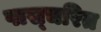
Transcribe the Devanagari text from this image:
पास्चरित